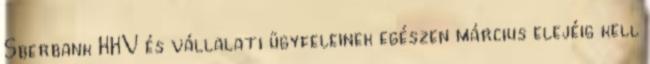
Sberbank KKV és vállalati ügyfeleinek egészen március elejéig kell